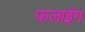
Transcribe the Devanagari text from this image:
फ़लाइंग